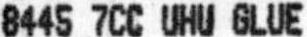
8445 7CC UHU GLUE